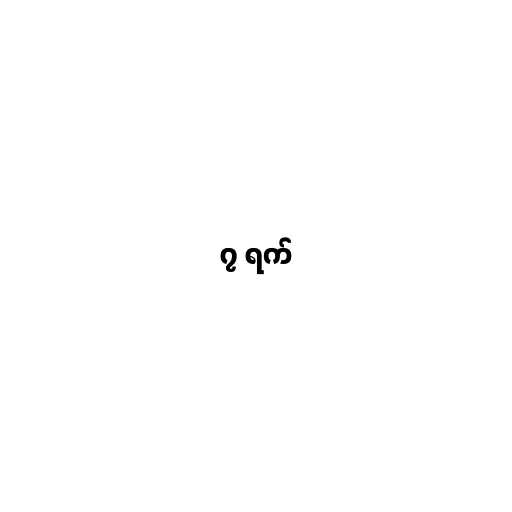
၇ ရက်